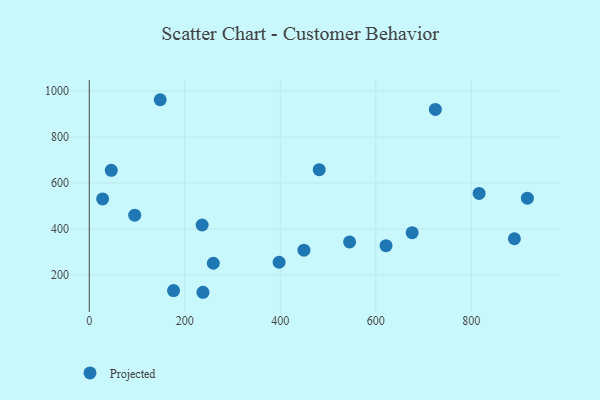
{"axis": {"x": "Study Hours", "y": "Fuel Efficiency"}, "legend": ["Projected"], "data": [{"x": "621.5", "y": 327.4, "type": "Projected"}, {"x": "95.2", "y": 460.3, "type": "Projected"}, {"x": "397.6", "y": 255.4, "type": "Projected"}, {"x": "28.0", "y": 530.9, "type": "Projected"}, {"x": "481.6", "y": 658.0, "type": "Projected"}, {"x": "816.4", "y": 554.9, "type": "Projected"}, {"x": "148.6", "y": 962.3, "type": "Projected"}, {"x": "676.2", "y": 384.3, "type": "Projected"}, {"x": "176.5", "y": 132.2, "type": "Projected"}, {"x": "917.5", "y": 534.0, "type": "Projected"}, {"x": "259.8", "y": 251.1, "type": "Projected"}, {"x": "890.3", "y": 357.7, "type": "Projected"}, {"x": "236.4", "y": 417.5, "type": "Projected"}, {"x": "545.2", "y": 343.7, "type": "Projected"}, {"x": "238.1", "y": 124.9, "type": "Projected"}, {"x": "724.8", "y": 920.2, "type": "Projected"}, {"x": "449.6", "y": 307.9, "type": "Projected"}, {"x": "46.1", "y": 655.1, "type": "Projected"}]}